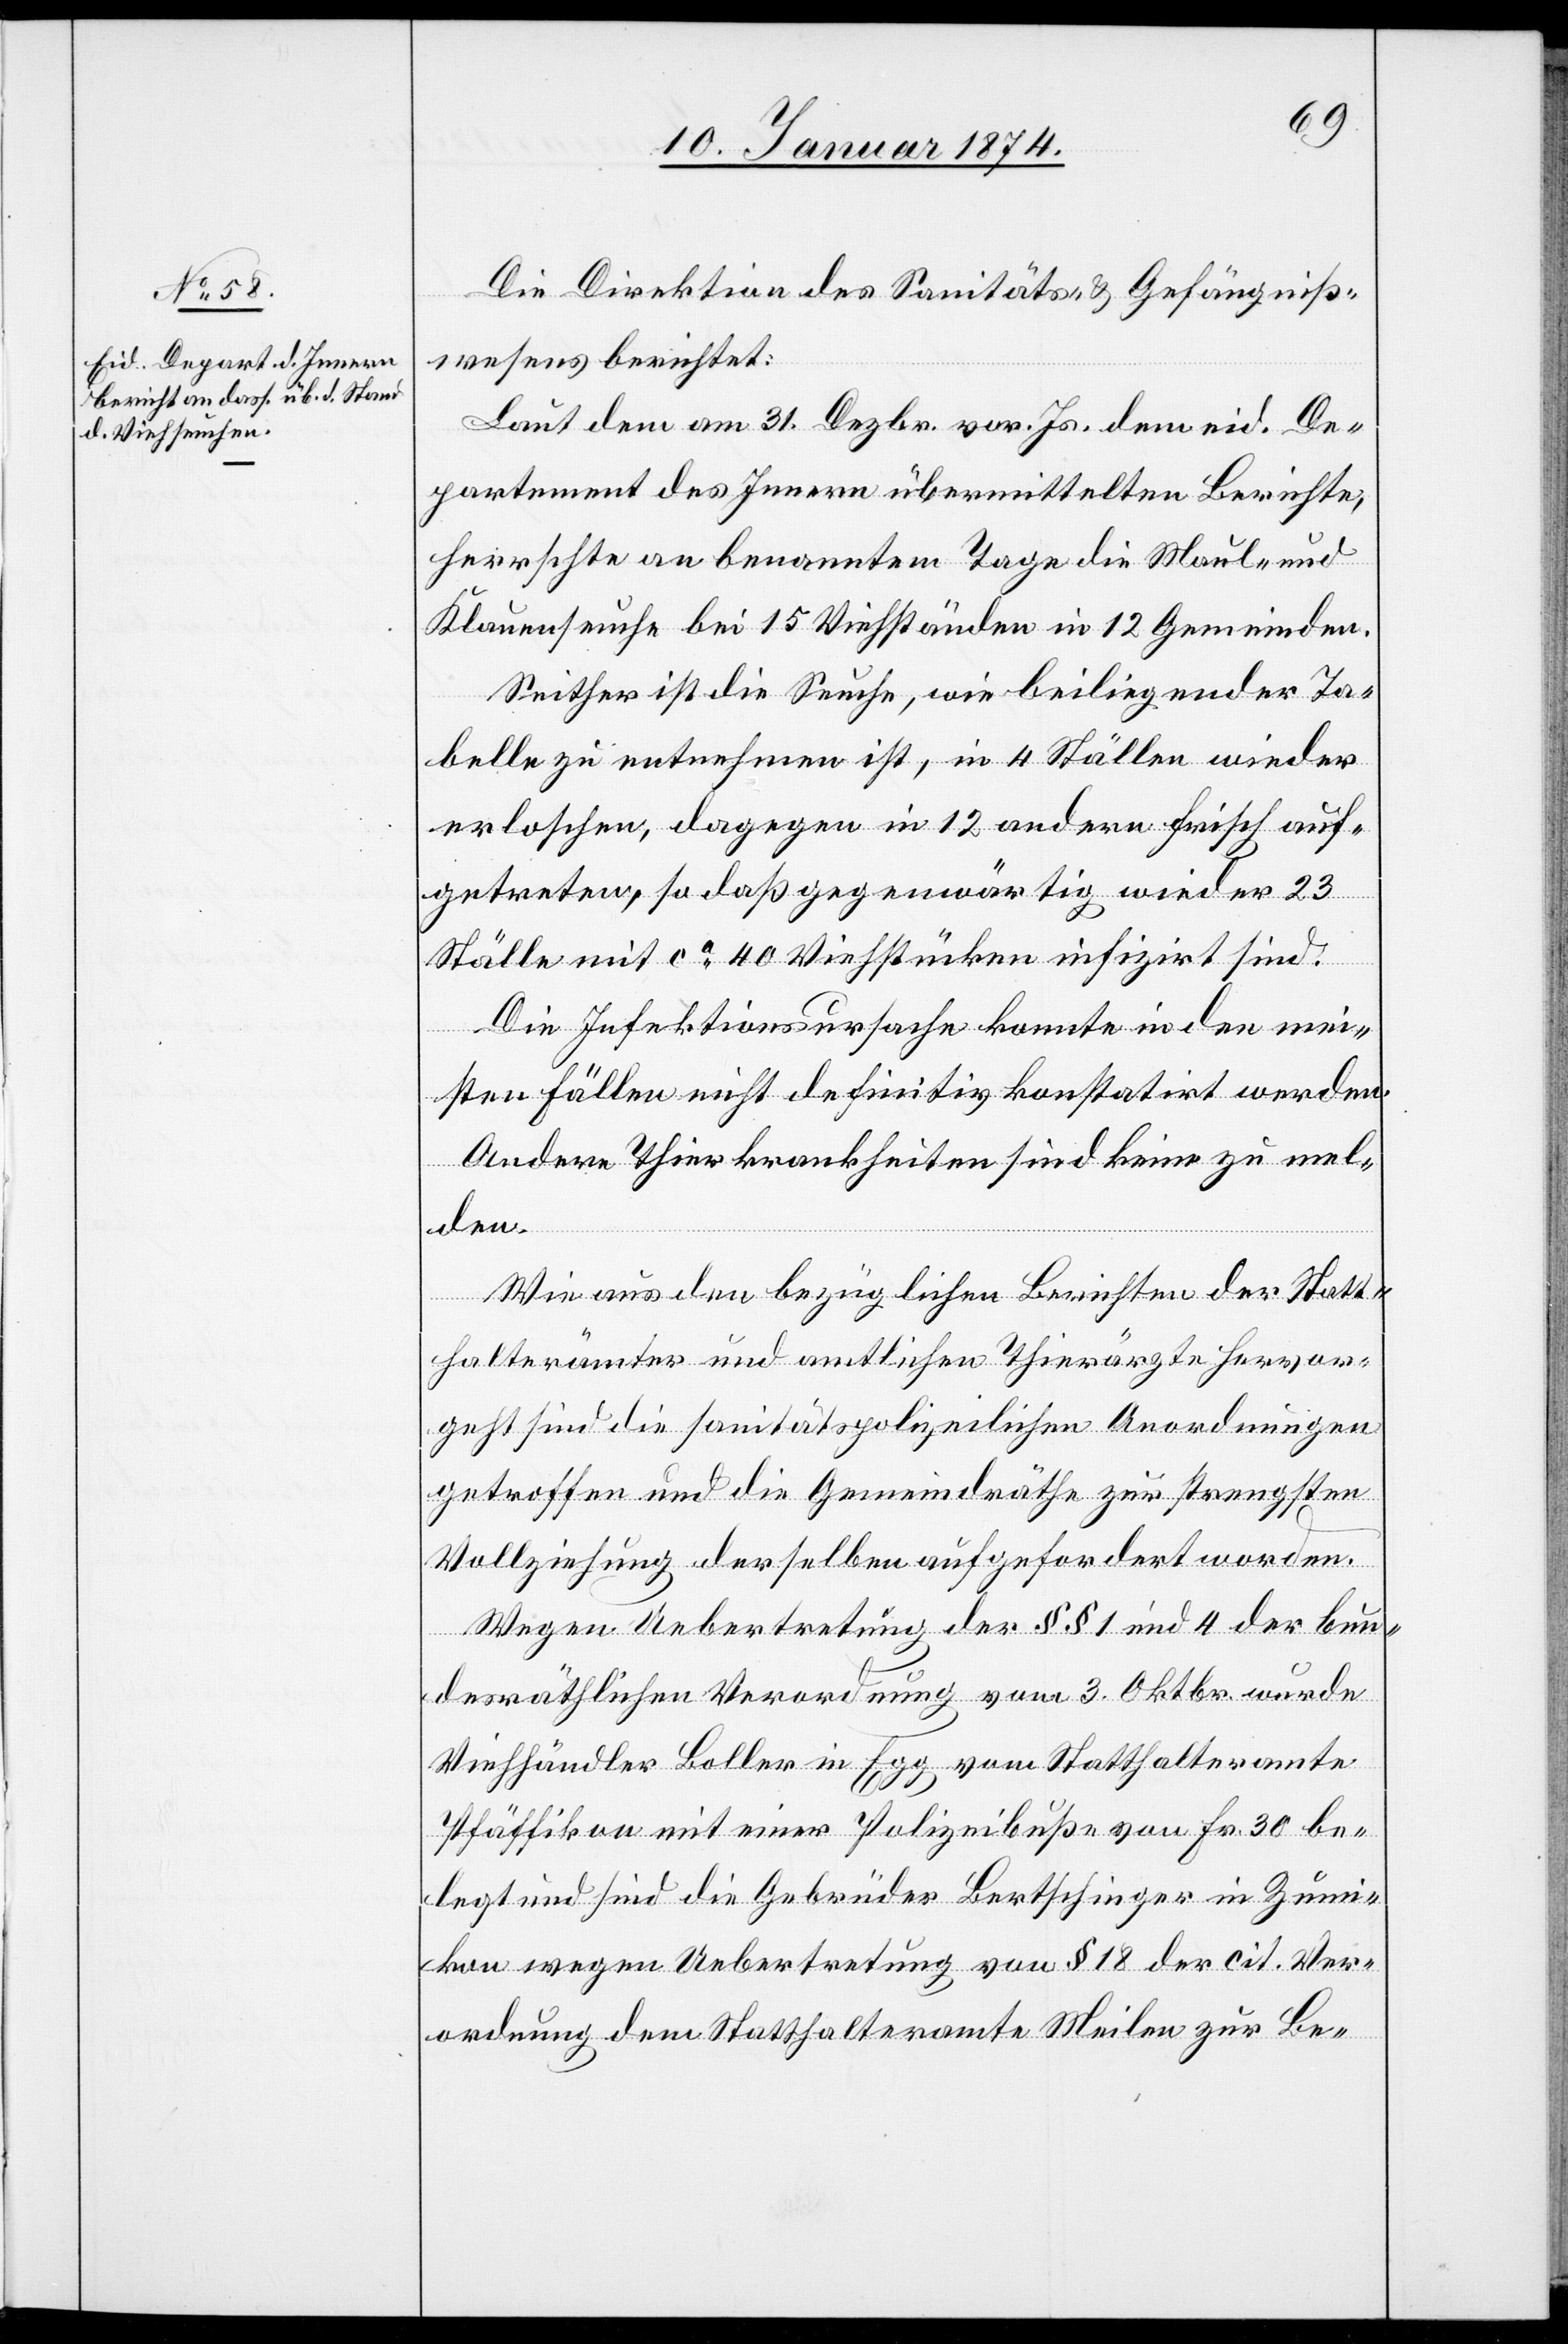
15. Januar 1874.
Die Direktion des Sanitäts- & Gefängniß¬
wesens berichtet:
Laut dem am 31. Dezbr. vor. Js. dem eid. De¬
partement des Innern übermittelten Berichte,
herrschte an benanntem Tage die Maul- und
Klauenseuche bei 15 Viehständen in 12 Gemeinden.
Seither ist die Sache, wie beiliegender Ta¬
belle zu entnehmen ist, in 4 Ställen wieder
erloschen, dagegen in 12 andern frisch auf¬
getreten, so daß gegenwärtig wieder 23
Ställe mit ca 40 Viehstücken infizirt sind.
Die Infektionsursache konnte in den mei¬
sten Fällen nicht definitiv konstatirt werden.
Andere Thierkrankheiten sind keine zu mel¬
den
Wie aus den bezüglichen Berichten der Statt¬
halterämter und amtlichen Thierärzte hervor¬
geht sind die sanitätspolizeilichen Anordnungen
getroffen und die Gemeindräthe zur strengsten
Vollziehung derselben aufgefordert worden.
Wegen Uebertretung der §§ 1 und 4 der bun¬
desräthlichen Verordnung vom 3. Oktbr. wurde
Viehhändler Boller in Egg vom Statthalteramte
Pfäffikon mit einer Polizeibuße von Fr. 30 be¬
legt und sind die Gebrüder Bertschinger in Zum¬
ikon wegen Uebertretung von § 18 der cit. Ver¬
ordnung dem Statthalteramte Meilen zur Be-